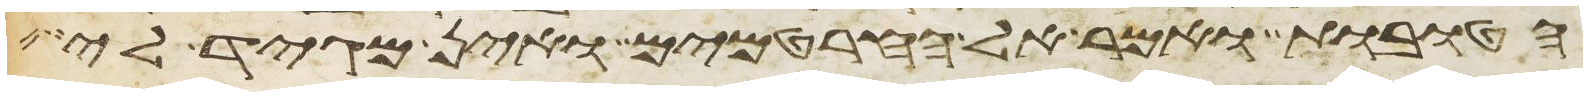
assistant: הטובות ואמר אל החרטמים ואין מגיד לי